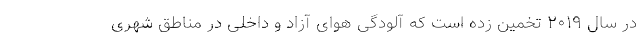
در سال ۲۰۱۹ تخمین زده است که آلودگی هوای آزاد و داخلی در مناطق شهری